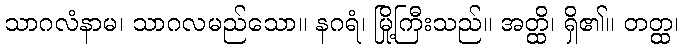
သာဂလံနာမ၊ သာဂလမည်သော။ နဂရံ၊ မြို့ကြီးသည်။ အတ္ထိ၊ ရှိ၏။ တတ္ထ၊